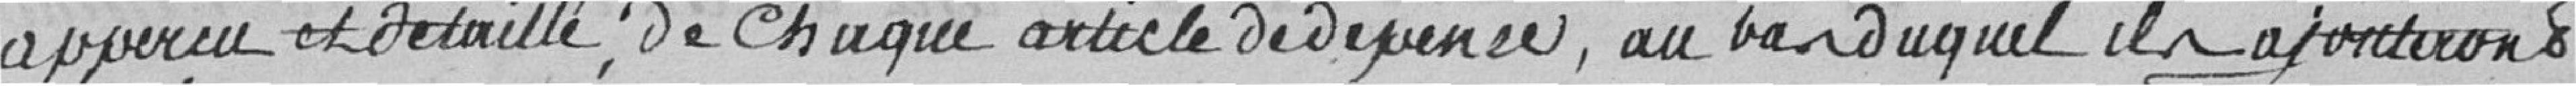
aperçu et détaillé de chaque article de dépense au ban duquel ils ajouteront